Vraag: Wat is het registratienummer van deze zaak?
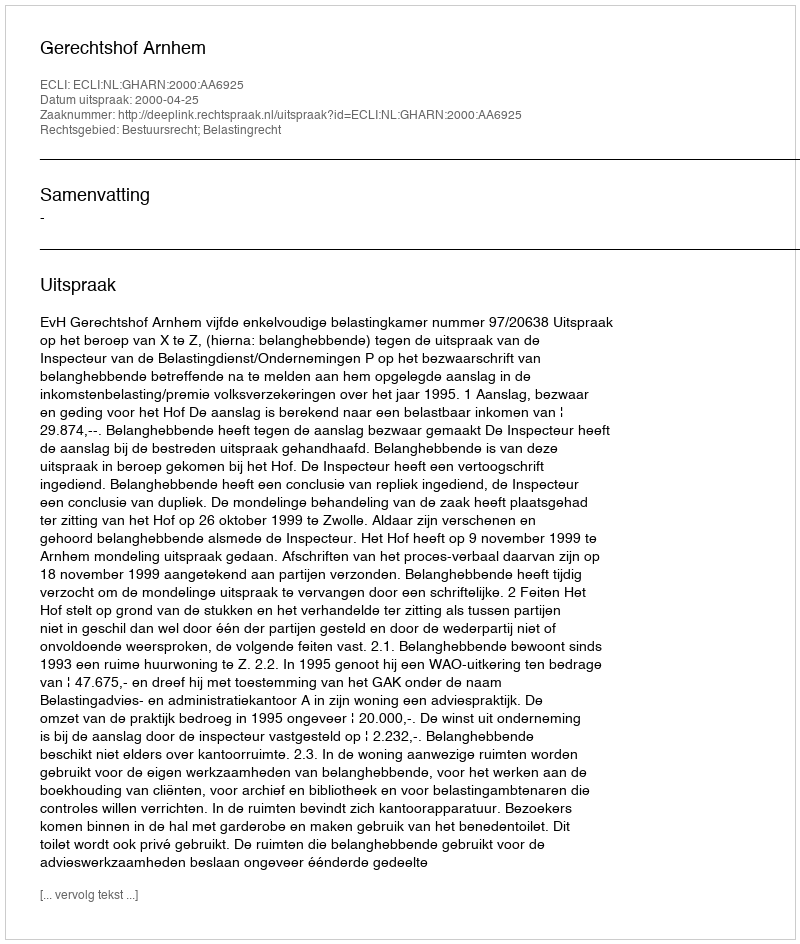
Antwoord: http://deeplink.rechtspraak.nl/uitspraak?id=ECLI:NL:GHARN:2000:AA6925